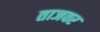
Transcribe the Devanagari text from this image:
ताजवर